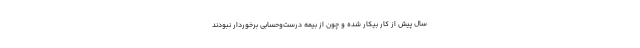
سال پیش از کار بیکار شده و چون از بیمه درست‌وحسابی برخوردار نبودند